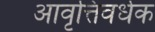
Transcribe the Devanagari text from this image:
आवृत्तिवर्धक